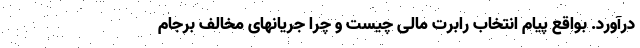
درآورد. بواقع پیام انتخاب رابرت مالی چیست و چرا جریانهای مخالف برجام